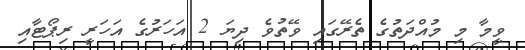
ވީމާ މި މުއްދަތުގެ ތެރޭގައި ވޭތުވެ ދިޔަ 2 އަހަރުގެ އަހަރީ ރިޕޯޓާއި